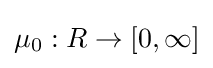
\mu _{0}:R\to [0,\infty ]